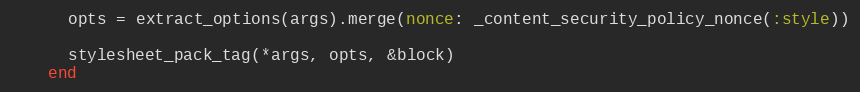
Language: Ruby
      opts = extract_options(args).merge(nonce: _content_security_policy_nonce(:style))

      stylesheet_pack_tag(*args, opts, &block)
    end